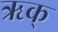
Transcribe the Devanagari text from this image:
ऋक्‌